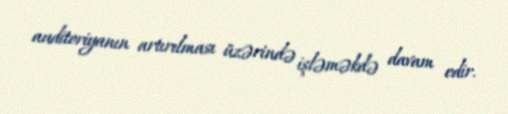
auditoriyanın artırılması üzərində işləməkdə davam edir.